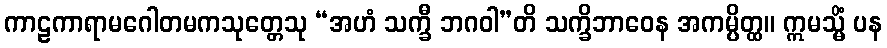
ကာဠကာရာမဂေါတမကသုတ္တေသု “အဟံ သက္ခီ ဘဂဝါ”တိ သက္ခိဘာဝေန အကမ္ပိတ္ထ။ ဣမသ္မိံ ပန